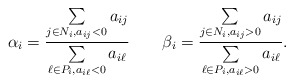
\begin{align*}\alpha_i=\displaystyle{\frac{\sum\limits_{j\in N_i, a_{ij}<0}a_{ij}}{\sum\limits_{\ell\in P_i, a_{i\ell}<0}a_{i\ell}}}\qquad\beta_i=\displaystyle{\frac{\sum\limits_{j\in N_i, a_{ij}>0}a_{ij}}{\sum\limits_{\ell\in P_i, a_{i\ell}>0}a_{i\ell}}}.\end{align*}